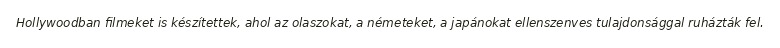
Hollywoodban filmeket is készítettek, ahol az olaszokat, a németeket, a japánokat ellenszenves tulajdonsággal ruházták fel.